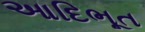
આદિભૂત